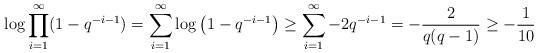
LaTeX: \begin{align*}\log \prod_{i=1}^\infty(1-q^{-i-1}) = \sum_{i=1}^\infty \log\left( 1-q^{-i-1} \right) \geq \sum_{i=1}^\infty -2q^{-i-1} = -\frac{2}{q(q-1)} \geq - \frac{1}{10} \end{align*}